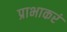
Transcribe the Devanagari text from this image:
प्राभाकरं